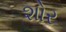
શોર